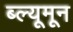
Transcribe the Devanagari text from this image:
ब्ल्यूमून